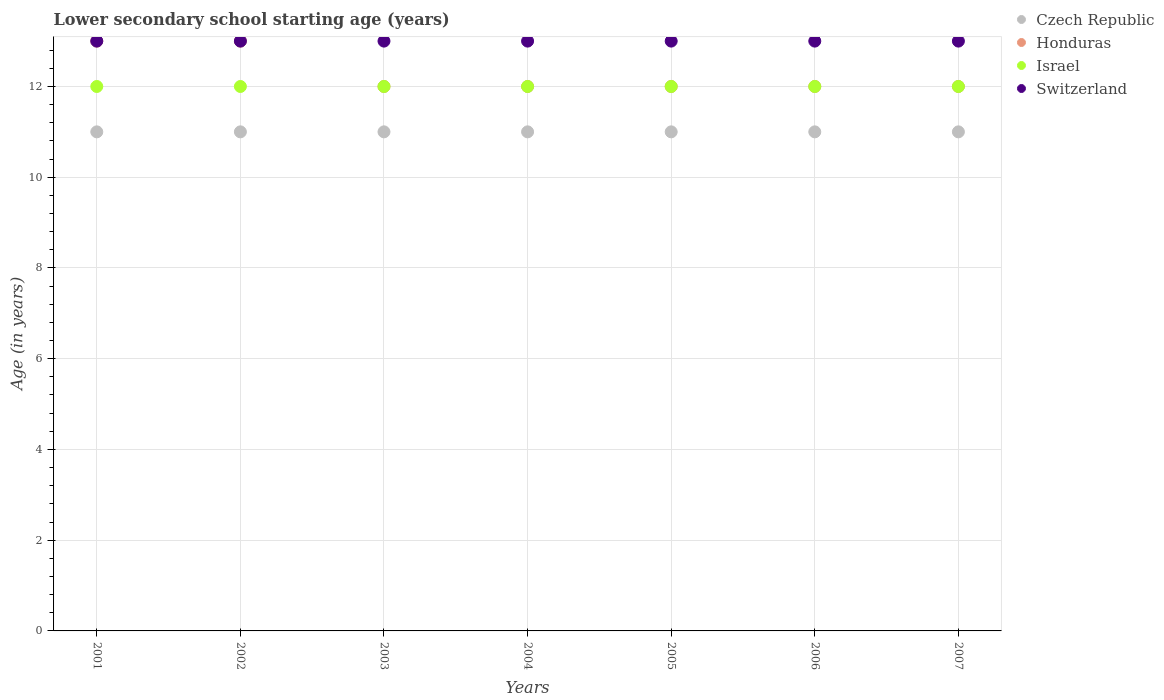
| Years | Czech Republic | Honduras | Israel | Switzerland |
 | --- | --- | --- | --- | --- |
 | 2001 | 11 | 13 | 12 | 13 |
 | 2002 | 11 | 13 | 12 | 13 |
 | 2003 | 11 | 12 | 12 | 13 |
 | 2004 | 11 | 12 | 12 | 13 |
 | 2005 | 11 | 12 | 12 | 13 |
 | 2006 | 11 | 12 | 12 | 13 |
 | 2007 | 11 | 12 | 12 | 13 |